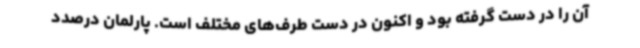
آن را در دست گرفته بود و اکنون در دست طرف‌های مختلف است. پارلمان درصدد